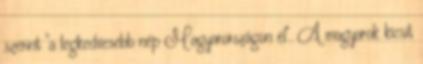
szerint "a legkedvesebb nép Magyarországon él". A magyarok kicsit